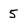
Character: 5